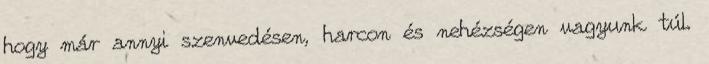
hogy már annyi szenvedésen, harcon és nehézségen vagyunk túl.